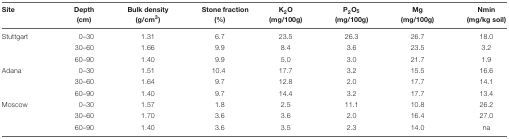
<table><thead><tr><td><b>Site</b></td><td><b>Depth (cm)</b></td><td><b>Bulk density (g/cm<sup>3</sup>)</b></td><td><b>Stone fraction (%)</b></td><td><b>K<sub>2</sub>O (mg/100g)</b></td><td><b>P<sub>2</sub>O<sub>5</sub> (mg/100g)</b></td><td><b>Mg (mg/100g)</b></td><td><b>Nmin (mg/kg soil)</b></td></tr></thead><tbody><tr><td>Stuttgart</td><td>0–30</td><td>1.31</td><td>6.7</td><td>23.5</td><td>26.3</td><td>26.7</td><td>18.0</td></tr><tr><td></td><td>30–60</td><td>1.66</td><td>9.9</td><td>8.4</td><td>3.6</td><td>23.5</td><td>3.2</td></tr><tr><td></td><td>60–90</td><td>1.40</td><td>9.9</td><td>5.0</td><td>3.0</td><td>21.7</td><td>1.9</td></tr><tr><td>Adana</td><td>0–30</td><td>1.51</td><td>10.4</td><td>17.7</td><td>3.2</td><td>15.5</td><td>16.6</td></tr><tr><td></td><td>30–60</td><td>1.64</td><td>9.7</td><td>12.8</td><td>2.0</td><td>17.7</td><td>14.1</td></tr><tr><td></td><td>60–90</td><td>1.40</td><td>9.7</td><td>14.4</td><td>3.2</td><td>17.7</td><td>13.4</td></tr><tr><td>Moscow</td><td>0–30</td><td>1.57</td><td>1.8</td><td>2.5</td><td>11.1</td><td>10.8</td><td>26.2</td></tr><tr><td></td><td>30–60</td><td>1.70</td><td>3.6</td><td>3.6</td><td>2.0</td><td>16.4</td><td>27.0</td></tr><tr><td></td><td>60–90</td><td>1.40</td><td>3.6</td><td>3.5</td><td>2.3</td><td>14.0</td><td>na</td></tr></tbody></table>